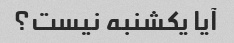
آیا یکشنبه نیست؟